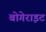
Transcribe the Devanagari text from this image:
बोगेराइट